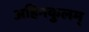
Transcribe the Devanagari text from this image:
अहिनकुलम्